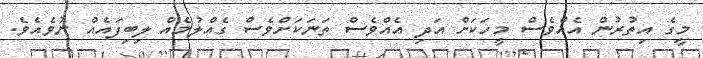
މީގެ އިތުރުން އެއްވެސް މީހަކަށް އަދި އެއްވެސް ތަނަކަށްވެސް ގެއްލުމެއް ލިބިފައެއް ނުވެއެވެ.